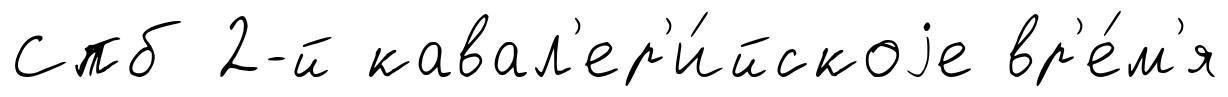
Спб 2-й кавал'ер'и́йскоjе вр'е́м'я